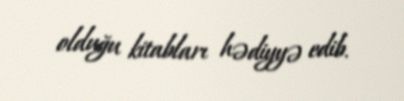
olduğu kitabları hədiyyə edib.